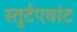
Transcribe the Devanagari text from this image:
स्तुर्टएवांट